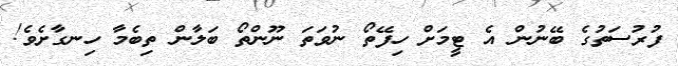
ފުރުސަތުގެ ބޭނުން އެ ޓީމަށް ހިފޭތޯ ނުވަތަ ނޫންތޯ ބަލާން ތިބެމާ ހިނގާށެވެ!